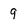
Character: 9